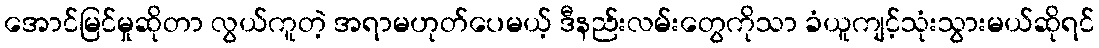
အောင်မြင်မှုဆိုတာ လွယ်ကူတဲ့ အရာမဟုတ်ပေမယ့် ဒီနည်းလမ်းတွေကိုသာ ခံယူကျင့်သုံးသွားမယ်ဆိုရင်